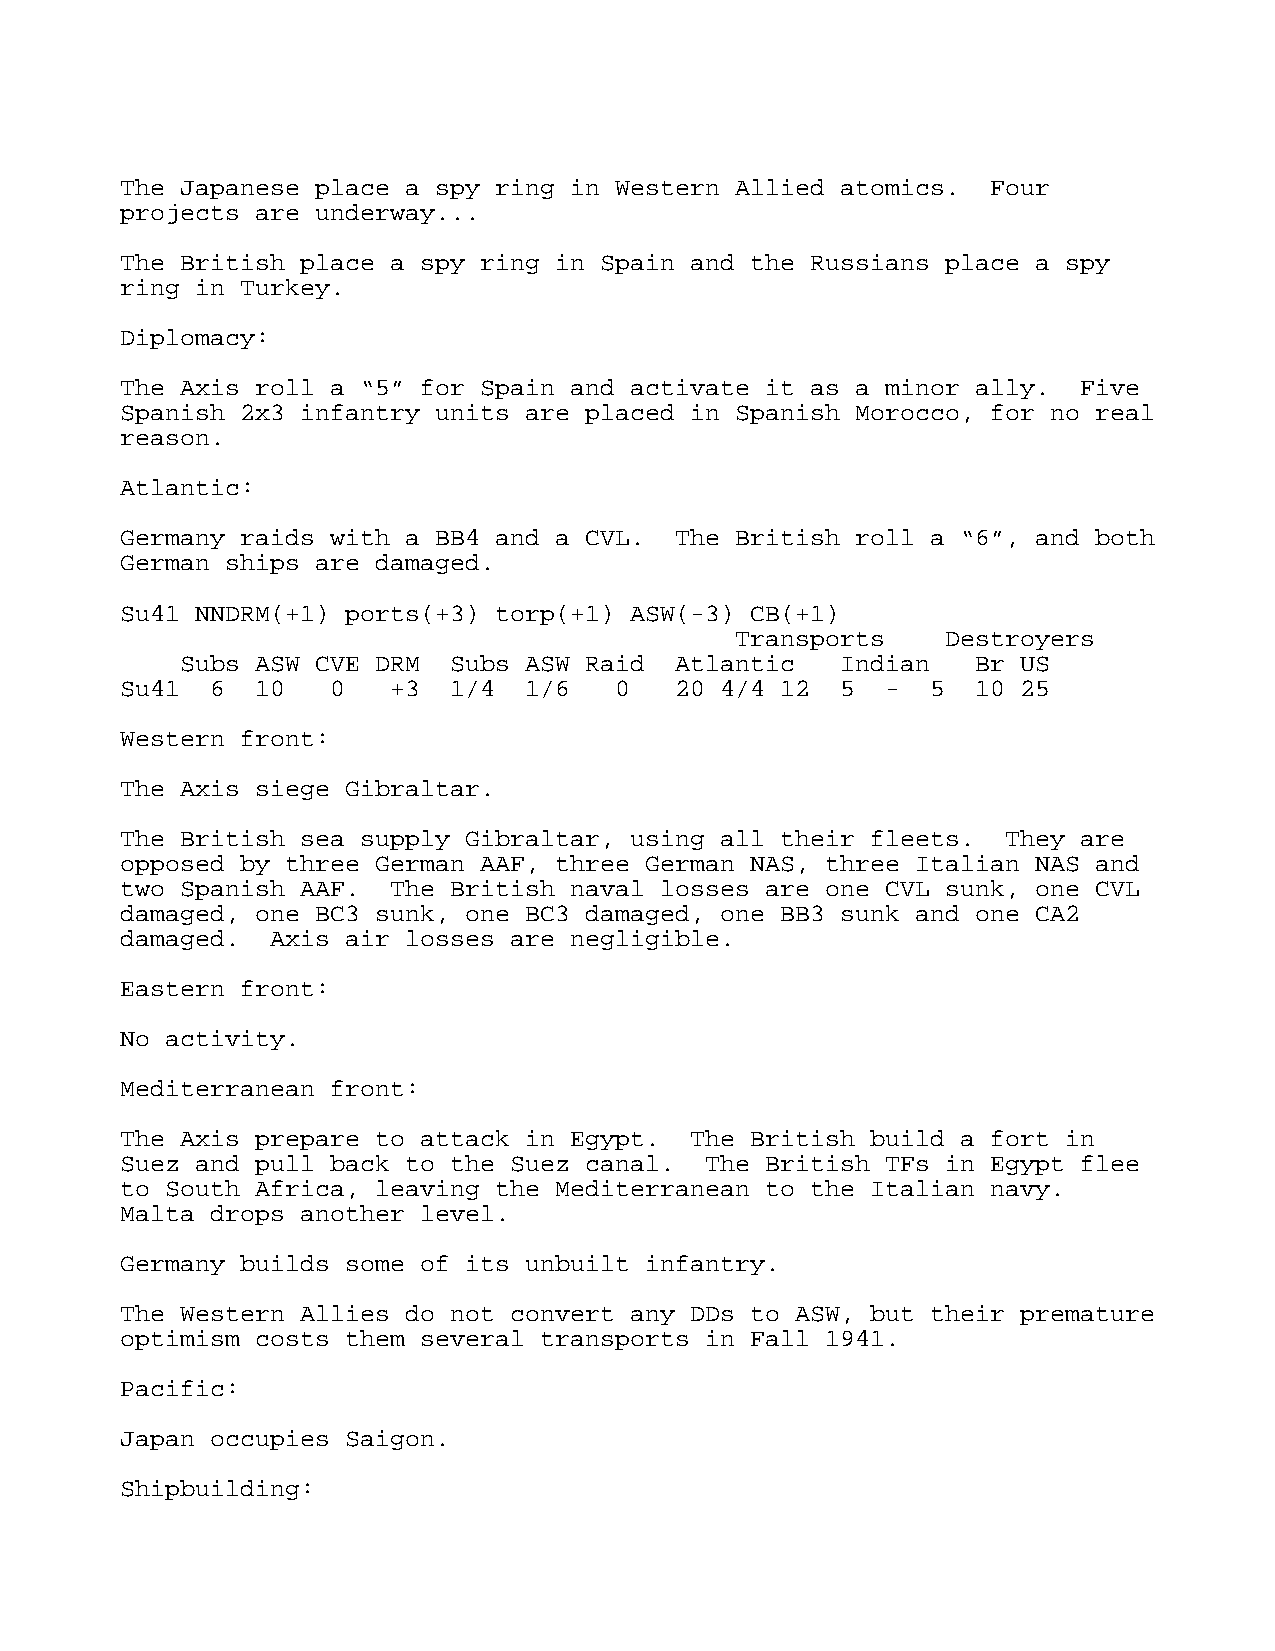
The Japanese place a spy ring in Western Allied atomics.  Four
 projects are underway...
 The British place a spy ring in Spain and the Russians place a spy
 ring in Turkey.
 Diplomacy:
 The Axis roll a “5” for Spain and activate it as a minor ally.  Five
 Spanish 2x3 infantry units are placed in Spanish Morocco, for no real
 reason.
 Atlantic:
 Germany raids with a BB4 and a CVL.  The British roll a “6”, and both
 German ships are damaged.
 Su41 NNDRM(+1) ports(+3) torp(+1) ASW(-3) CB(+1)
 Transports    Destroyers
 Subs ASW CVE DRM  Subs ASW Raid  Atlantic   Indian   Br US
 Su41  6  10   0   +3  1/4  1/6   0   20 4/4 12  5  -  5  10 25
 Western front:
 The Axis siege Gibraltar.
 The British sea supply Gibraltar, using all their fleets.  They are
 opposed by three German AAF, three German NAS, three Italian NAS and
 two Spanish AAF.  The British naval losses are one CVL sunk, one CVL
 damaged, one BC3 sunk, one BC3 damaged, one BB3 sunk and one CA2
 damaged.  Axis air losses are negligible.
 Eastern front:
 No activity.
 Mediterranean front:
 The Axis prepare to attack in Egypt.  The British build a fort in
 Suez and pull back to the Suez canal.  The British TFs in Egypt flee
 to South Africa, leaving the Mediterranean to the Italian navy.
 Malta drops another level.
 Germany builds some of its unbuilt infantry.
 The Western Allies do not convert any DDs to ASW, but their premature
 optimism costs them several transports in Fall 1941.
 Pacific:
 Japan occupies Saigon.
 Shipbuilding: